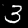
Digit: 3